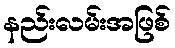
နည်းလမ်းအဖြစ်